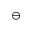
\ominus